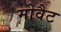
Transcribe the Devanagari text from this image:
मोवैट